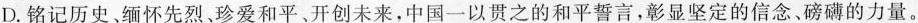
D.铭记历史、缅怀先烈、珍爱和平、开创未来，中国一以贯之的和平誓言，彰显坚定的信念、磅礴的力量。